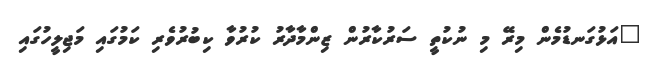
"އަޅުގަނޑުމެން މިރޭ މި ނުކުތީ ސަރުކާރުން ޒިންމާދާރު ކުރުވާ ކިބުރުވެރި ކަމުގައި މަޖިލީހުގައި